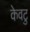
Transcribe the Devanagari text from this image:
केवटु